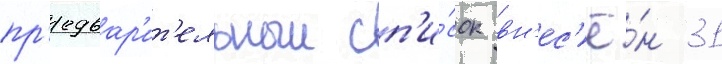
пр'едвар'ит'ельныи сп'и́сок вн'ес'ё́н 31